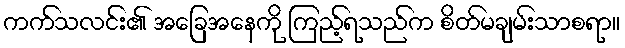
ကက်သလင်း၏ အခြေအနေကို ကြည့်ရသည်က စိတ်မချမ်းသာစရာ။